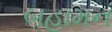
બહામન